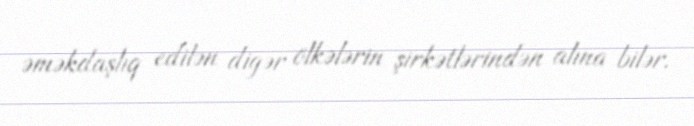
əməkdaşlıq edilən digər ölkələrin şirkətlərindən alına bilər.